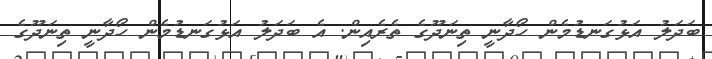
ބަދަލު އަޅުގަނޑުމެން ހޯދާނީ ތިނަދޫގެ ތެރެއިން. އެ ބަދަލު އަޅުގަނޑުމެން ހޯދާނީ ތިނަދޫގެ